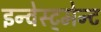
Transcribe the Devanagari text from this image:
इन्वेस्ट्मेन्ट